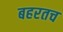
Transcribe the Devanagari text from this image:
बहरतच